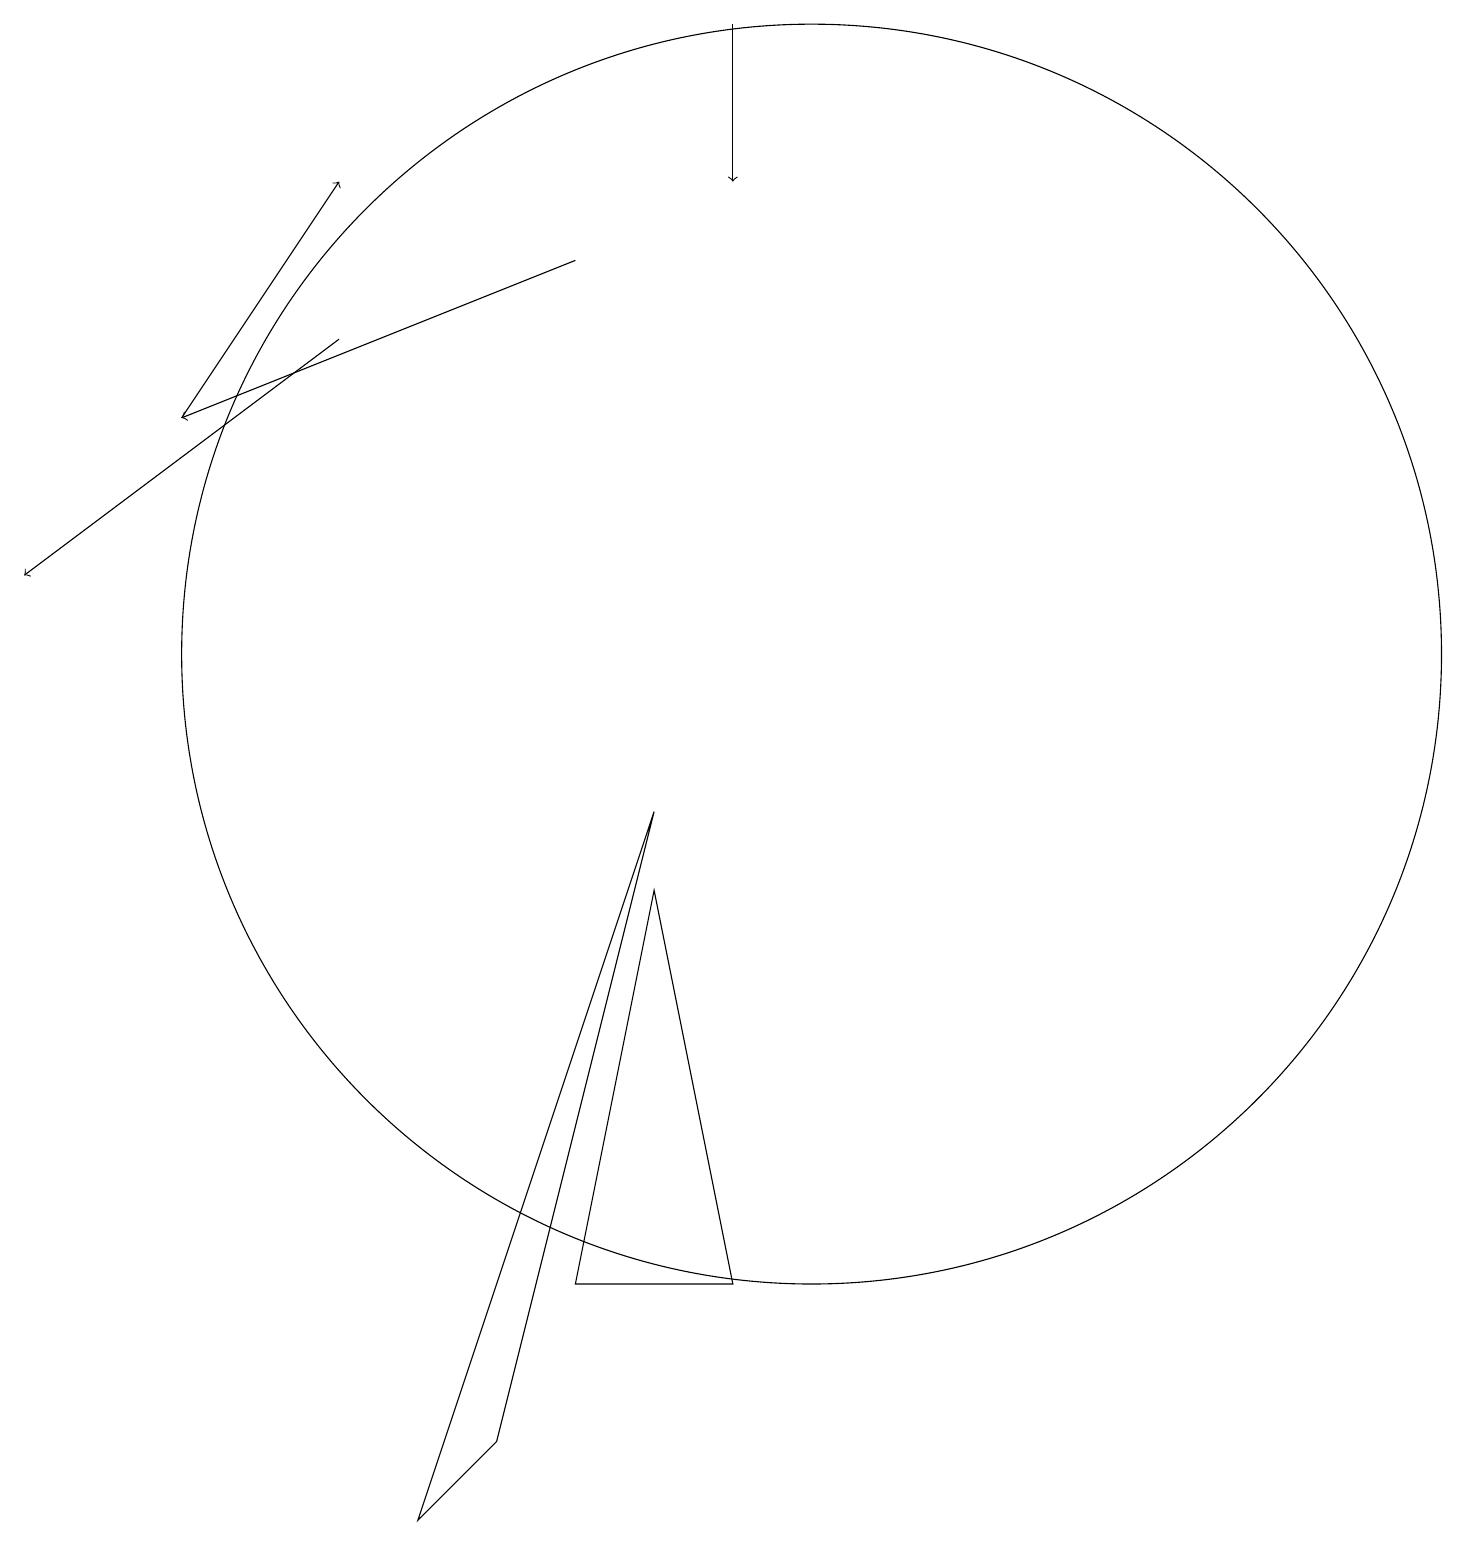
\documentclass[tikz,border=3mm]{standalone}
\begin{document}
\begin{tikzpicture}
\draw (10,11) circle (8);
\draw[->] (9,19) -- (9,17);
\draw[->] (4,15) -- (0,12);
\draw (8,8) -- (9,3) -- (7,3) -- cycle;
\draw[->] (2,14) -- (4,17);
\draw (8,9) -- (6,1) -- (5,0) -- cycle;
\draw[->] (7,16) -- (2,14);
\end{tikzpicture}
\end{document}